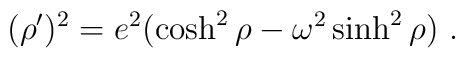
(\rho')^2 = e^2 (\cosh^2 \rho - \omega^2 \sinh^2 \rho)\ .